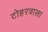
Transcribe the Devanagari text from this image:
टोहरवाला